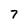
Character: 7